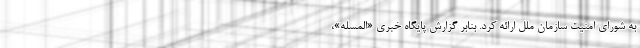
به شورای امنیت سازمان ملل ارائه کرد. بنابر گزارش پایگاه خبری «المسله»،